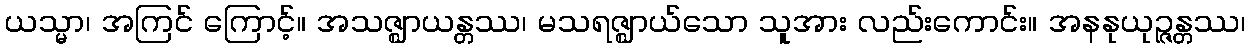
ယသ္မာ၊ အကြင် ကြောင့်။ အသဇ္ဈာယန္တဿ၊ မသရဇ္ဈာယ်သော သူအား လည်းကောင်း။ အနနုယုဉ္ဇန္တဿ၊